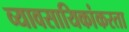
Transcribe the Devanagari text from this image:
व्यावसायिकांकरता